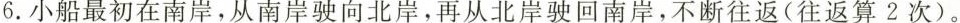
6.小船最初在南岸，从南岸驶向北岸，再从北岸驶回南岸，不断往返(往返算2次)。